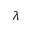
\lambda